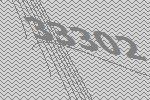
33302